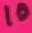
Text: 10